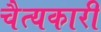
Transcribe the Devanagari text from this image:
चैत्यकारी